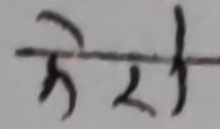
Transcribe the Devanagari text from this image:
मेरी